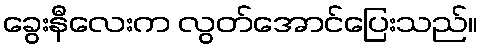
ခွေးနီလေးက လွတ်အောင်ပြေးသည်။